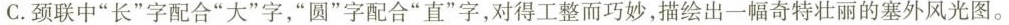
C.颈联中”长”字配合”大”字，”圆”字配合”直”字，对得工整而巧妙，描绘出一幅奇特壮丽的塞外风光图。